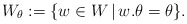
\begin{align*}W_\theta:=\{w\in W\, | \, w.\theta=\theta\}.\end{align*}